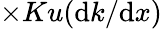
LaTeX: \times Ku(\mathrm{d}k/\mathrm{d}x)